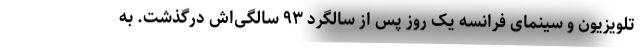
تلویزیون و سینمای فرانسه یک روز پس از سالگرد ٩۳ سالگی‌اش درگذشت. به